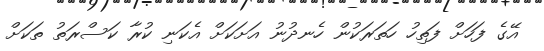
އޭގެ ފަހަށް ފަތިހު ހަތަރަކުން ހެނދުނު އަށަކަށް އެކަނި ކުރާ ކަސްރަތު ތަކަށް